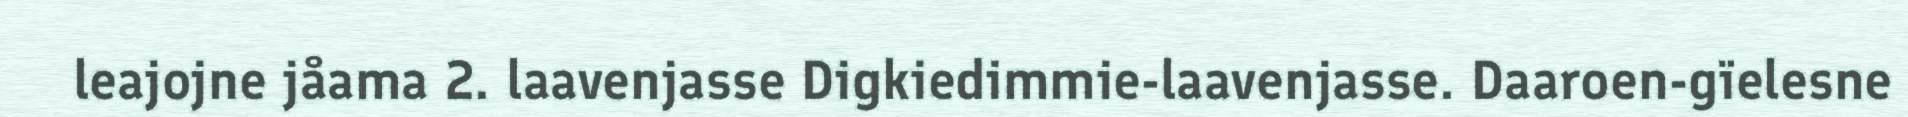
leajojne jåama 2. laavenjasse Digkiedimmie-laavenjasse. Daaroen-gïelesne